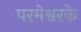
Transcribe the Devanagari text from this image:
परमेश्वरके